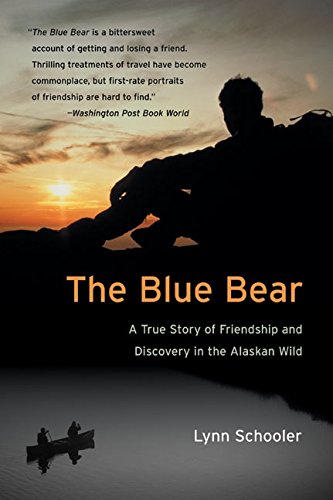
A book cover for The Blue Bear: A True Story of Friendship and Discovery in the Alaskan Wild; Lynn Schooler; Sports & Outdoors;